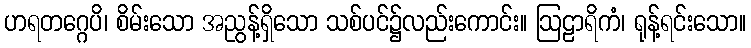
ဟရတဂ္ဂေပိ၊ စိမ်းသော အညွန့်ရှိသော သစ်ပင်၌လည်းကောင်း။ ဩဠာရိကံ၊ ရုန့်ရင်းသော။